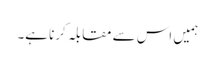
ہمیں اس سے مقابلہ کرنا ہے۔